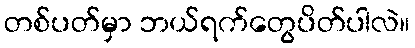
တစ်ပတ်မှာ ဘယ်ရက်တွေပိတ်ပါလဲ။